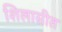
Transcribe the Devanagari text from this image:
शिलासीत